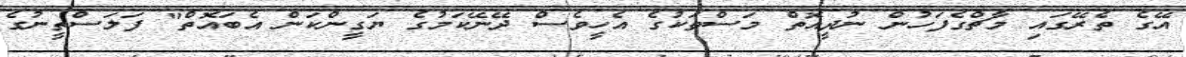
އޭގެ ތެރޭގައި މާޗްގެފަހުން ނުދީއޮތް މަސްތަކުގެ އެހީވެސް ދޭނޭކަމުގެ ޔަގީންކަން އެބައޮތް" ފަލަސްތީނުގެ